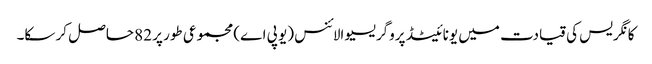
کانگریس کی قیادت میں یونائیٹڈ پروگریسیو الائنس (یو پی اے) مجموعی طور پر 82 حاصل کر سکا۔